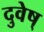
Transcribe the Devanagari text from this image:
दुवेष्